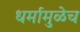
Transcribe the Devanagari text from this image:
धर्मामुळेच